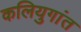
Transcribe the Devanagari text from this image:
कलियुगांत